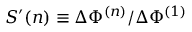
S ^ { \prime } ( n ) \equiv \Delta \Phi ^ { ( n ) } / \Delta \Phi ^ { ( 1 ) }